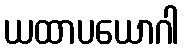
ယထာပယောဂါ